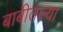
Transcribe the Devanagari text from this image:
बाबीतल्या